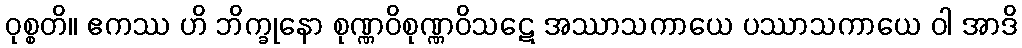
ဝုစ္စတိ။ ဧကဿ ဟိ ဘိက္ခုနော စုဏ္ဏဝိစုဏ္ဏဝိသဋေ အဿာသကာယေ ပဿာသကာယေ ဝါ အာဒိ